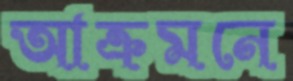
আক্রমনে